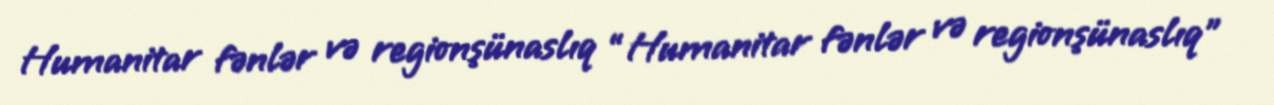
Humanitar fənlər və regionşünaslıq “Humanitar fənlər və regionşünaslıq”